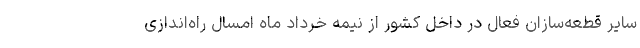
سایر قطعه‌سازان فعال در داخل کشور از نیمه خرداد ماه امسال راه‌اندازی